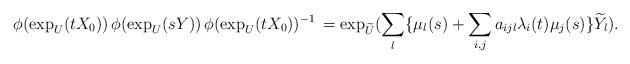
LaTeX: \begin{align*}\phi( \exp_U (t X_0))\, \phi( \exp_U (s Y)) \, \phi( \exp_U (t X_0))^{-1} \,=\exp_{\widetilde{U}} ( \sum_l \{ \mu_l (s) + \sum_{i,j} a_{ijl} \lambda_i (t) \mu_j(s)\} \widetilde{Y}_l).\end{align*}